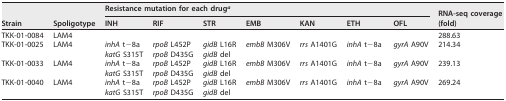
<table><thead><tr><td rowspan="2"><b>Strain</b></td><td rowspan="2"><b>Spoligotype</b></td><td colspan="7"><b>Resistance mutation for each drug<sup><i>a</i></sup></b></td><td rowspan="2"><b>RNA-seq coverage (fold)</b></td></tr><tr><td><b>INH</b></td><td><b>RIF</b></td><td><b>STR</b></td><td><b>EMB</b></td><td><b>KAN</b></td><td><b>ETH</b></td><td><b>OFL</b></td></tr></thead><tbody><tr><td>TKK-01-0084</td><td>LAM4</td><td></td><td></td><td></td><td></td><td></td><td></td><td></td><td>288.63</td></tr><tr><td>TKK-01-0025</td><td>LAM4</td><td><i>inhA</i> t−8a</td><td><i>rpoB</i> L452P</td><td><i>gidB</i> L16R</td><td><i>embB</i> M306V</td><td><i>rrs</i> A1401G</td><td><i>inhA</i> t−8a</td><td><i>gyrA</i> A90V</td><td>214.34</td></tr><tr><td></td><td></td><td><i>katG</i> S315T</td><td><i>rpoB</i> D435G</td><td><i>gidB</i> del</td><td></td><td></td><td></td><td></td><td></td></tr><tr><td>TKK-01-0033</td><td>LAM4</td><td><i>inhA</i> t−8a</td><td><i>rpoB</i> L452P</td><td><i>gidB</i> L16R</td><td><i>embB</i> M306V</td><td><i>rrs</i> A1401G</td><td><i>inhA</i> t−8a</td><td><i>gyrA</i> A90V</td><td>239.13</td></tr><tr><td></td><td></td><td><i>katG</i> S315T</td><td><i>rpoB</i> D435G</td><td><i>gidB</i> del</td><td></td><td></td><td></td><td></td><td></td></tr><tr><td>TKK-01-0040</td><td>LAM4</td><td><i>inhA</i> t−8a</td><td><i>rpoB</i> L452P</td><td><i>gidB</i> L16R</td><td><i>embB</i> M306V</td><td><i>rrs</i> A1401G</td><td><i>inhA</i> t−8a</td><td><i>gyrA</i> A90V</td><td>269.24</td></tr><tr><td></td><td></td><td><i>katG</i> S315T</td><td><i>rpoB</i> D435G</td><td><i>gidB</i> del</td><td></td><td></td><td></td><td></td><td></td></tr></tbody></table>